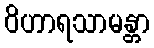
ဝိဟာရသာမန္တာ